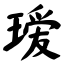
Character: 瑷